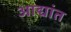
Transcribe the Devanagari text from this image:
आद्यांत